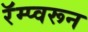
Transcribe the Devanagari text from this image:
रॅम्प्वरून